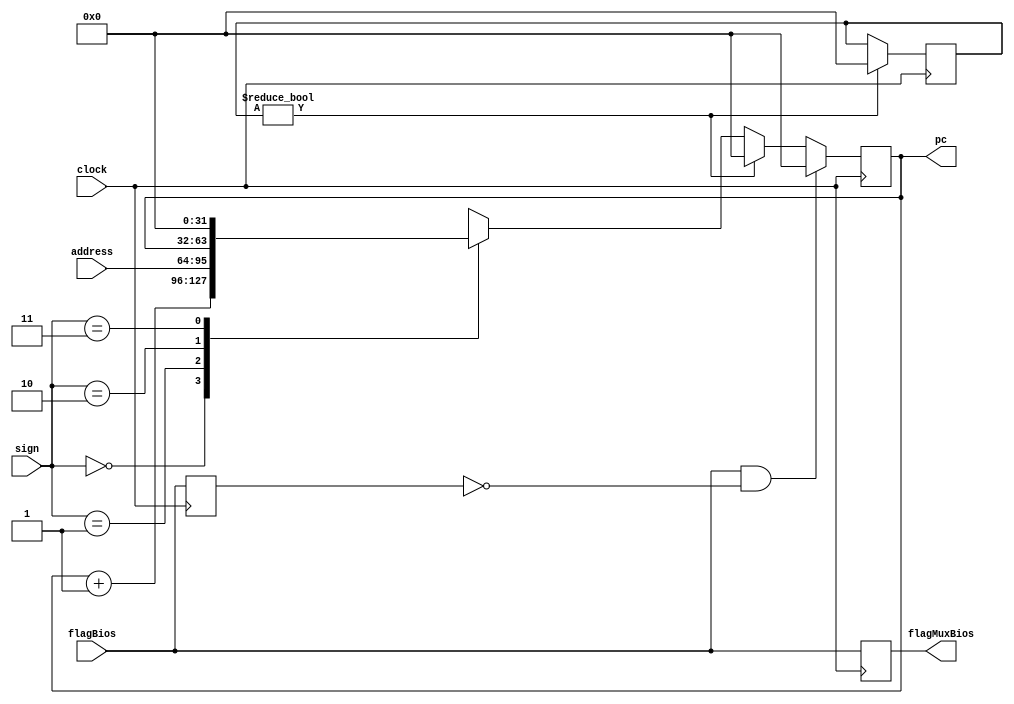
module PC(
	clock				, 
	sign				, 
	address			, 
	pc ,
	flagBios,
	flagMuxBios
);
	 
	reg flagBiosAnterior;
	
	 input[31:0] address;
	 input[1:0] sign;
	 input clock;
	 input flagBios;
	 output reg flagMuxBios;
	 
	 
	 output reg[31:0] pc;

    integer firstclk = 1;
	 
	 
	 always@(posedge clock) begin
        if(firstclk)begin
            pc = 0;
			firstclk <= 0;
			flagBiosAnterior <= flagBios;
		end
		else 
		begin
			case(sign)
				0:	pc = pc + 1; //increment + 1	
				1: pc = address; //newaddress
				2: pc = pc; //hlt
				3: pc = 0; // resetCPU
			endcase	
		
		end	
		if(flagBios == 1 && flagBiosAnterior == 0)
		begin
			pc = 0; // inicia memoria de instruoes
			//flagMuxBios = 1;
		end
		flagMuxBios <= flagBios;
		flagBiosAnterior <= flagBios;
		
	 end
	 
endmodule